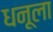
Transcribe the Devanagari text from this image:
धनूला